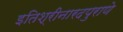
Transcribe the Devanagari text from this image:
इतिश्रीनारदपुराणे